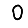
Digit: 0